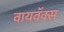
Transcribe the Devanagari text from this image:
वायवॅक्स